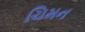
ચિમન